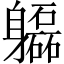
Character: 𨊚